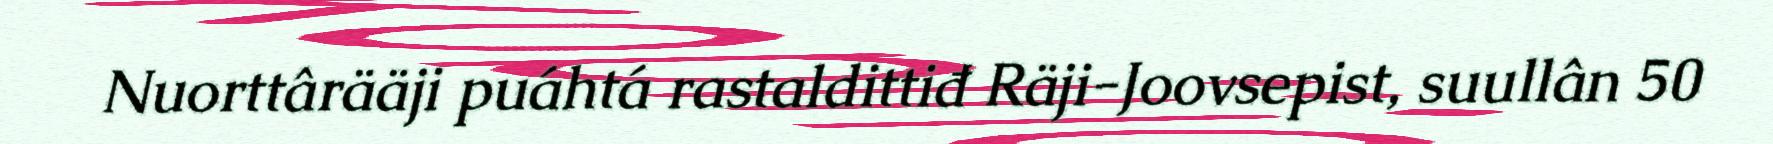
Nuorttârääji puáhtá rastaldittiđ Räji-Joovsepist, suullân 50